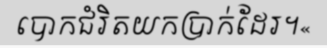
បោកជំរិតយកប្រាក់ដែរ។«